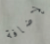
لإضافة